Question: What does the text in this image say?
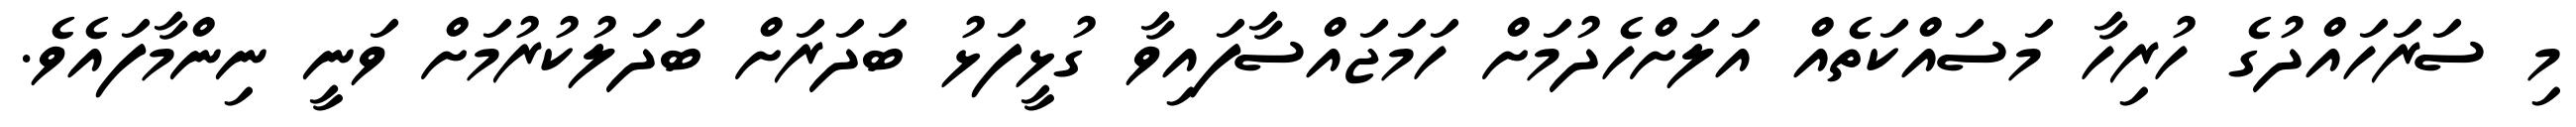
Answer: މި ސަރަހައްދުގެ ހުރިހާ މަސައްކަތެއް އަލަށްހެދުމަށް ހަމަޖައްސާފައިވާ ގުޅީފަޅު ބަދަރަށް ބަދަލުކުރުމަށް ވަނީ ނިންމާފައެވެ.